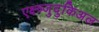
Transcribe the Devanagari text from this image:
एक्ष्त्र्जुदुकिअल